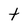
Character: t